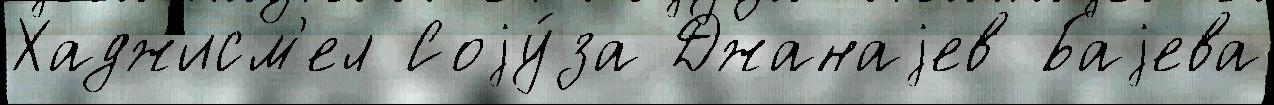
Хаджисм'ел Соjу́за Джанаjев Баjева